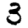
Digit: 3